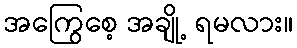
အကြွေစေ့ အချို့ ရမလား။